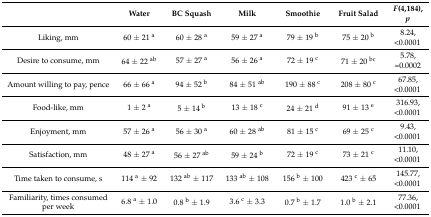
<table><thead><tr><td></td><td><b>Water</b></td><td><b>BC Squash</b></td><td><b>Milk</b></td><td><b>Smoothie</b></td><td><b>Fruit Salad</b></td><td><b><i>F</i>(4,184),<i>p</i></b></td></tr></thead><tbody><tr><td>Liking, mm</td><td>60 ± 21 <sup>a</sup></td><td>60 ± 28 <sup>a</sup></td><td>59 ± 27 <sup>a</sup></td><td>79 ± 19 <sup>b</sup></td><td>75 ± 20 <sup>b</sup></td><td>8.24,&lt;0.0001</td></tr><tr><td>Desire to consume, mm</td><td>64 ± 22 <sup>ab</sup></td><td>57 ± 27 <sup>a</sup></td><td>56 ± 26 <sup>a</sup></td><td>72 ± 19 <sup>c</sup></td><td>71 ± 20 <sup>bc</sup></td><td>5.78,=0.0002</td></tr><tr><td>Amount willing to pay, pence</td><td>66 ± 66 <sup>a</sup></td><td>94 ± 52 <sup>b</sup></td><td>84 ± 51 <sup>ab</sup></td><td>190 ± 88 <sup>c</sup></td><td>208 ± 80 <sup>c</sup></td><td>67.85,&lt;0.0001</td></tr><tr><td>Food-like, mm</td><td>1 ± 2 <sup>a</sup></td><td>5 ± 14 <sup>b</sup></td><td>13 ± 18 <sup>c</sup></td><td>24 ± 21 <sup>d</sup></td><td>91 ± 13 <sup>e</sup></td><td>316.93,&lt;0.0001</td></tr><tr><td>Enjoyment, mm</td><td>57 ± 26 <sup>a</sup></td><td>56 ± 30 <sup>a</sup></td><td>60 ± 28 <sup>ab</sup></td><td>81 ± 15 <sup>c</sup></td><td>69 ± 25 <sup>c</sup></td><td>9.43,&lt;0.0001</td></tr><tr><td>Satisfaction, mm</td><td>48 ± 27 <sup>a</sup></td><td>56 ± 27 <sup>ab</sup></td><td>59 ± 24 <sup>b</sup></td><td>72 ± 19 <sup>c</sup></td><td>73 ± 21 <sup>c</sup></td><td>11.10,&lt;0.0001</td></tr><tr><td>Time taken to consume, s</td><td>114 <sup>a</sup> ± 92</td><td>132 <sup>ab</sup> ± 117</td><td>133 <sup>ab</sup> ± 108</td><td>156 <sup>b</sup> ± 100</td><td>423 <sup>c</sup> ± 65</td><td>145.77,&lt;0.0001</td></tr><tr><td>Familiarity, times consumed per week</td><td>6.8 <sup>a</sup> ± 1.0</td><td>0.8 <sup>b</sup> ± 1.9</td><td>3.6 <sup>c</sup> ± 3.3</td><td>0.7 <sup>b</sup> ± 1.7</td><td>1.0 <sup>b</sup> ± 2.1</td><td>77.36,&lt;0.0001</td></tr></tbody></table>